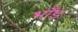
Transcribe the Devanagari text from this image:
भाँड